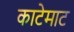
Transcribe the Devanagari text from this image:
काटेमाट